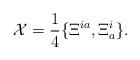
LaTeX: \begin{align*}{\cal X}=\frac{1}{4}\{\Xi^{ia},\Xi^i_a\}.\end{align*}